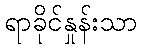
ရာခိုင်နှုန်းသာ